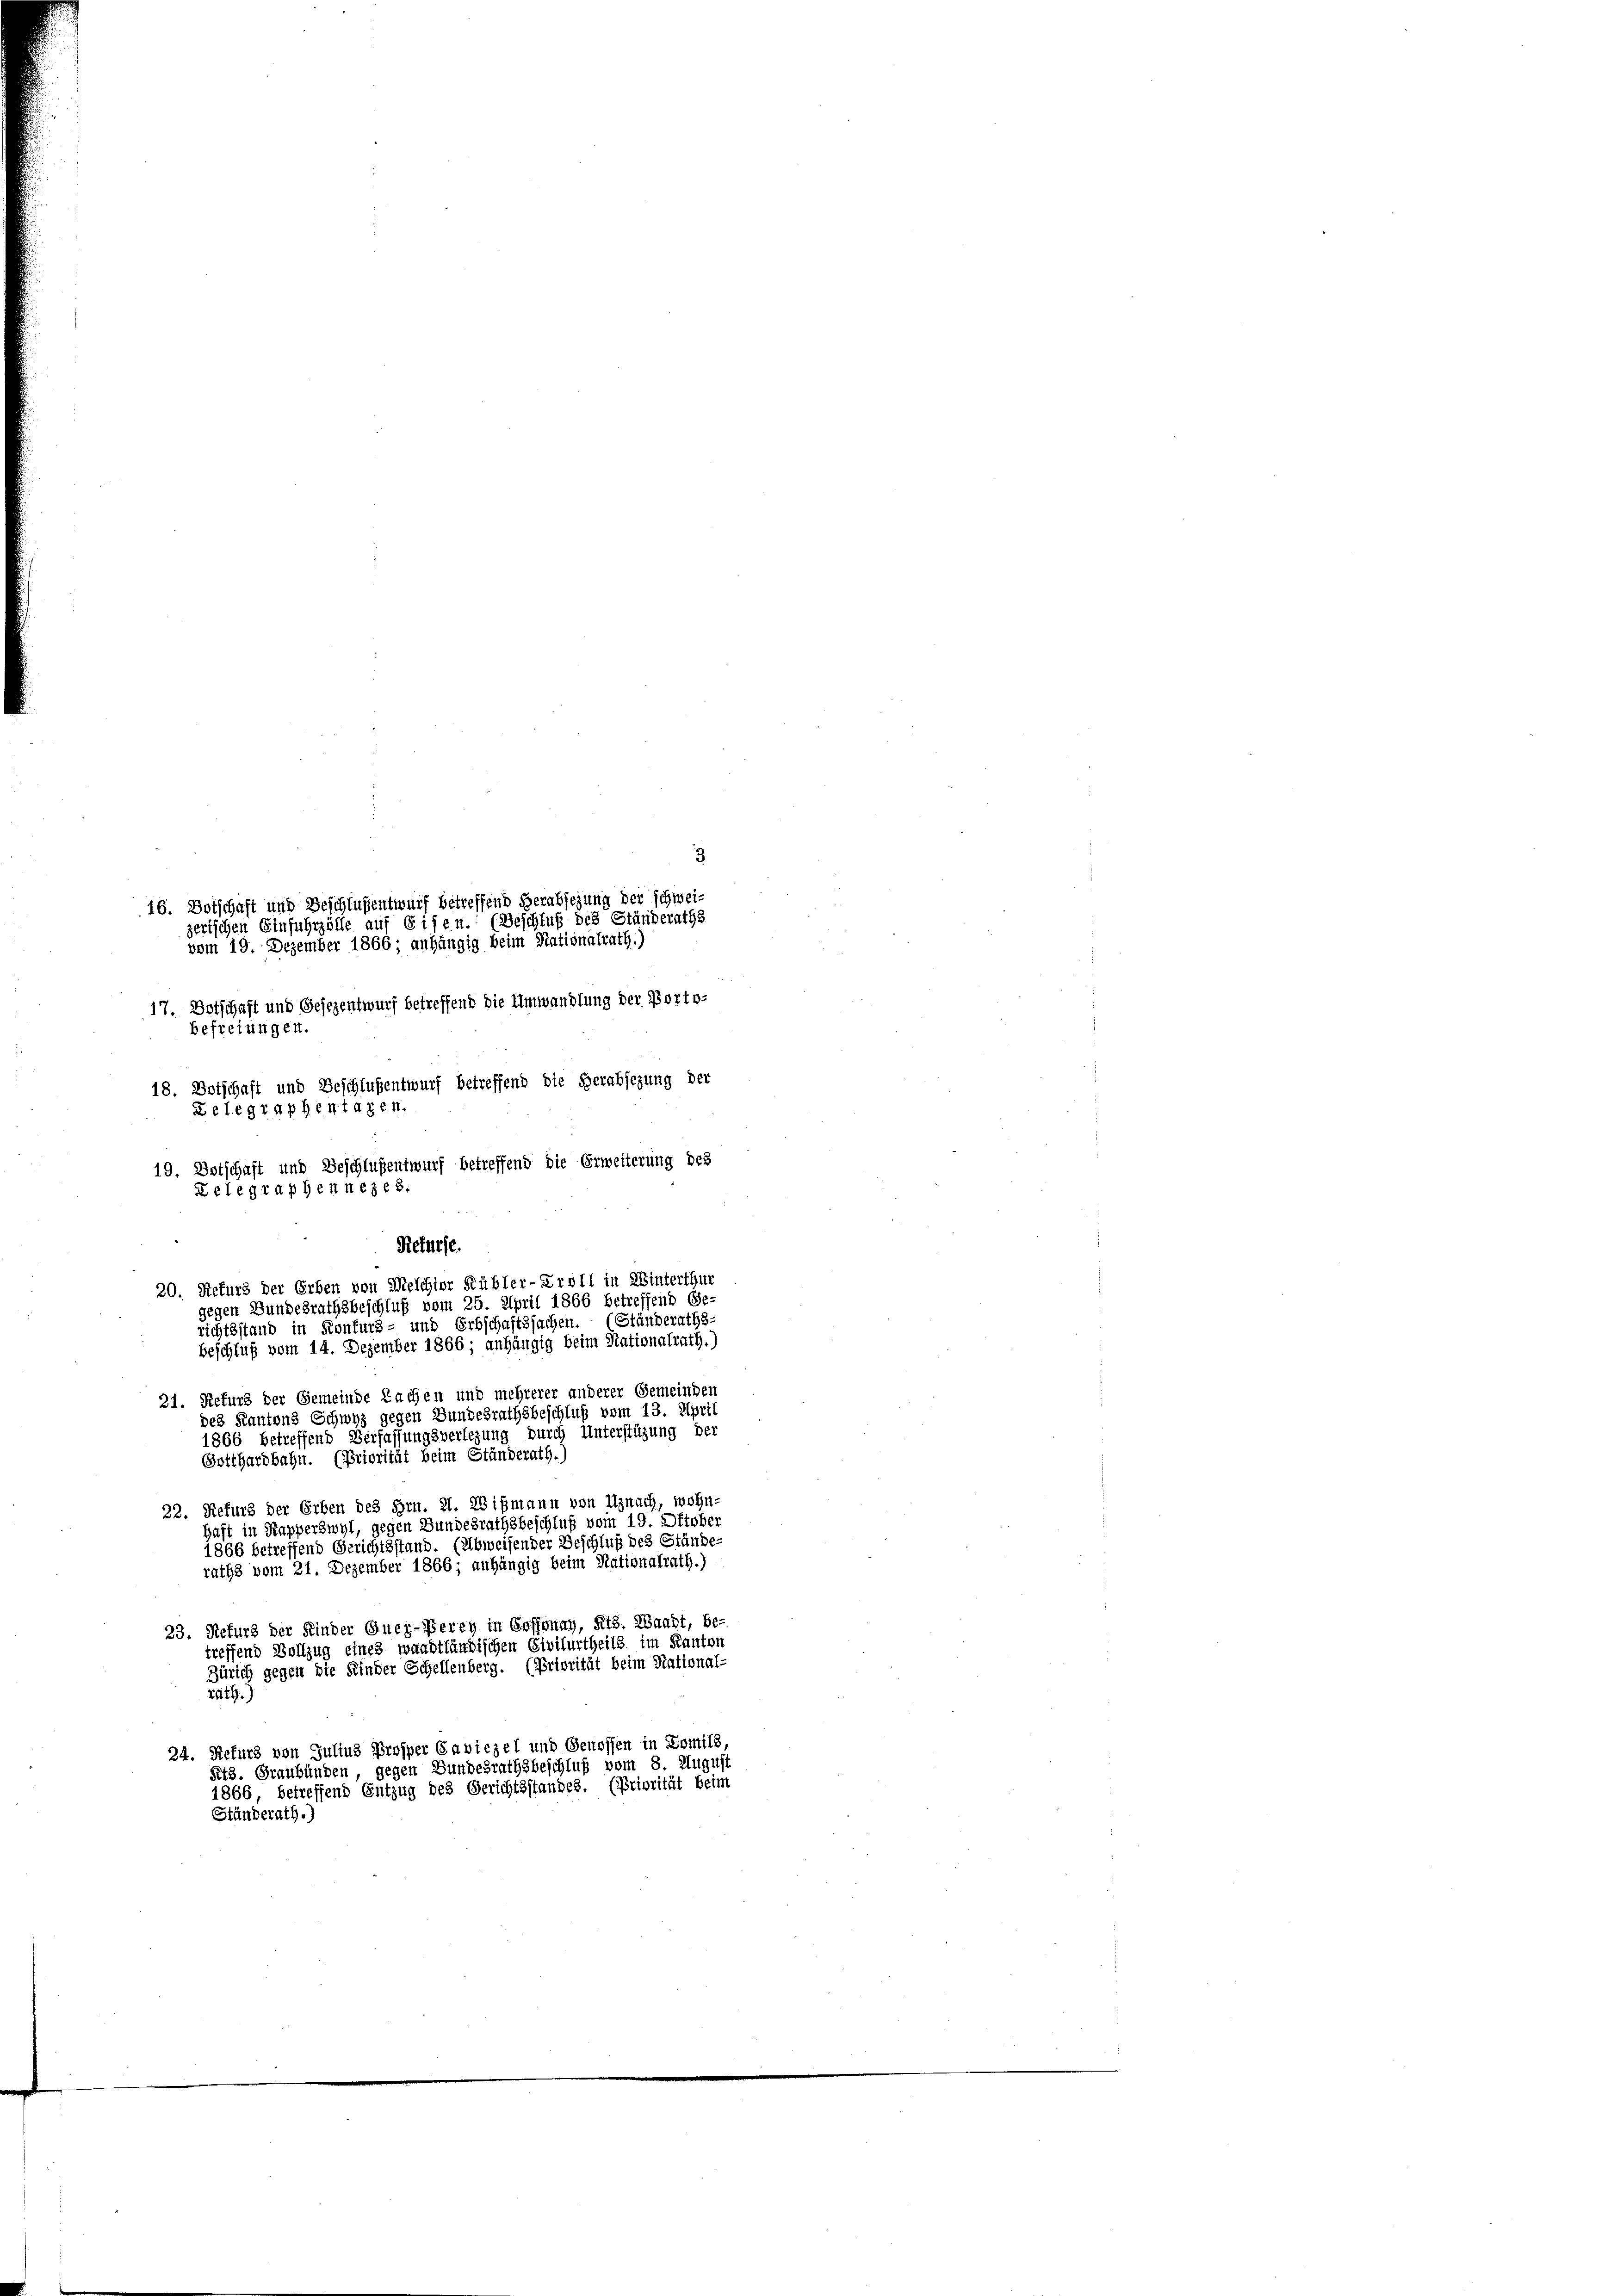
3
16. Botschaft und Beschlußentwurf betreffend Herabsezung der schweizerischen Einfuhrzölle auf Eisen. (Beschluß des Ständeraths
vom 19. Dezember 1866; anhängig beim Nationalrath.)
17, Botschaft und Gesezentwurf betreffend die Umwandlung der Porto-
befreiungen.
18. Botschaft und Beschlußentwurf betreffend die Herabsezung der
Delegraphen tagen
19. Botschaft und Beschlußentwurf betreffend die Erweiterung des
Delegraphennezes.
Refürfe.
20. Refurs der Erben von Melchior Kübler-Troll in Winterthur
gegen Bundesrathsbeschluß vom 25. April 1866 betreffend Ge-
richtsstand in Konfurs- und Erbschaftssachen. (Ständeraths-
Beschluß vom 14. Dezember 1866; anhängig beim Nationalrath.)
21. Refurs der Gemeinde Sachen und mehrerer anderer Gemeinden
des Kantons Schwyz gegen Bundesrathsbeschluß vom 13. April
1866 betreffend Verfassungsverlegung durch Unterstüzung der

22. Refurs der Erben des Hrn. 21. Wißmann von Uznach, wohn-
haft in Kapperswyl, gegen Bundesrathsbeschluß vom 19. Oktober
1866 betreffend Gerichtsstand. (Albweisender Beschluß des Stände-
raths vom 21. Dezember 1866; anhängig beim Nationalrath.)
23. Refurs der Kinder Quer-Verey in Goffonay, Kts. Waadt, be-
treffend Vollzug eines waadtländischen Civilurtheils im Kanton
Zürich gegen die Kinder Schellenberg. (Priorität beim Stational-
räth.)
24. Rekurs von Julius Prosper Caviezel und Genossen in Lomils,
Pt8. Graubünden, gegen Bundesrathsbeschluß vom 8. August
1866 betreffend Entzug des Gerichtsstandes. (Priorität beim
Ständerath.)

Gotthardbahn. (Priorität beim Ständerath.)